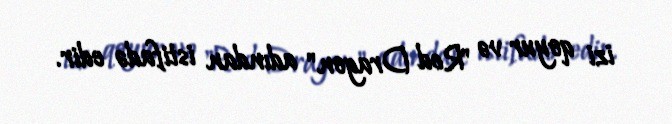
izi qoyur və "Red Dragon" adından istifadə edir.